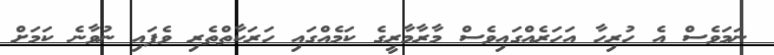
ނަމަވެސް އެ ހުރިހާ އަހަރެއްގައިވެސް މާރާމާރީގެ ކަމެއްގައި ހަރަކާތްތެރި ވެފައި ނުވާނެ ކަމަށް